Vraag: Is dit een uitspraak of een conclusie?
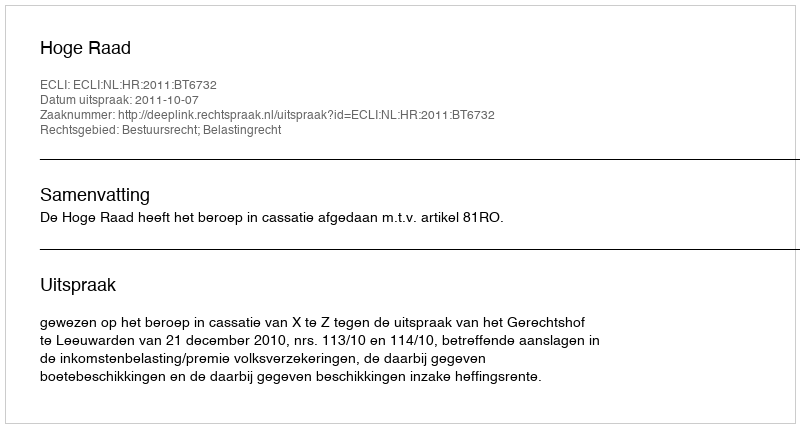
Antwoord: Uitspraak